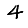
Digit: 4